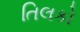
તિલકો